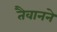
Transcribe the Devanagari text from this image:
तैवानने